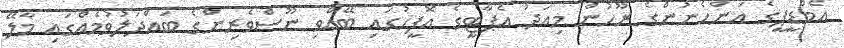
އެމްޑީޕީގެ އަންހެނުންގެ ރޫހުން މިއަދު އެޕާޓީގެ އޮފީހުގައި ބޭއްވި ނޫސްވެރިންގެ ބައްދަލުވުމެއްގައި މާލޭ